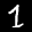
Label: 1